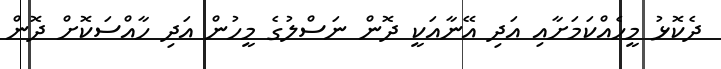
ދެކޮޅު މީހެއްކަމަށާއި އަދި އޭނާއަކީ ދޮން ނަސްލުގެ މީހުން އަދި ހާއްސަކޮށް ދޮން